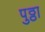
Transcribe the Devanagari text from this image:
पुठ्ठा